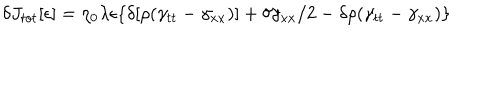
\delta J _ { t o t } [ \epsilon ] = \eta _ { 0 } \lambda \epsilon \{ \delta [ \rho ( \gamma _ { t t } - \gamma _ { x x } ) ] + \delta \gamma _ { x x } / 2 - \delta \rho ( \gamma _ { t t } - \gamma _ { x x } ) \}